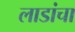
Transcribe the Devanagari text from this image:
लाडांचा